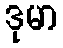
ဒုမာ